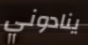
ينادوني